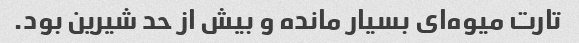
تارت میوه‌ای بسیار مانده و بیش از حد شیرین بود.